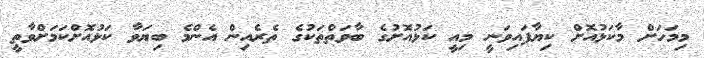
މިމަހަށް މާކަޅުއޮށް ކިޔާފައިވަނީ މިއީ ކަޅުއޮށުގެ ބާވަތްތަކުގެ ތެރެއިން އެންމެ ބިޔަވާ ކަޅުއޮށްކަމަށްވާތީ